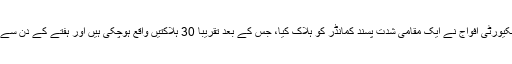
کشیدگی اُس وقت شروع ہوئی جب سکیورٹی افواج نے ایک مقامی شدت پسند کمانڈر کو ہلاک کیا، جس کے بعد تقریباً 30 ہلاکتیں واقع ہوچکی ہیں اور ہفتے کے دِن سے خطے کا کافی علاقہ بند پڑا ہوا ہے۔